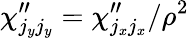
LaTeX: \chi_{j_{y}j_{y}}^{\prime\prime}=\chi_{j_{x}j_{x}}^{\prime\prime}/\rho^{2}